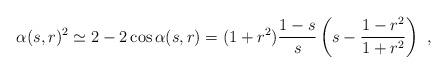
LaTeX: \begin{align*} \alpha(s,r)^2\simeq 2-2\cos\alpha(s,r)=(1+r^2)\frac{1-s}{s}\left(s-\frac{1-r^2}{1+r^2}\right)\ ,\end{align*}